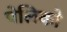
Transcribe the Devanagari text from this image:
पेलिको